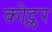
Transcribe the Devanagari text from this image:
कोट्लर